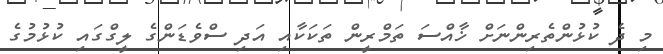
މި ދެ ކުޅުންތެރިންނަށް ޚާއްސަ ތަމްރީން ތަކަކާއި އަދި ސްވެޑަންގެ ލީގްގައި ކުޅުމުގެ